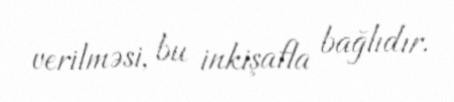
verilməsi, bu inkişafla bağlıdır.